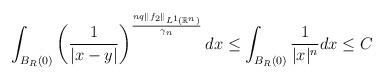
\begin{align*}\int_{B_R(0)}\left(\frac{1}{|x-y|}\right)^{\frac{nq\|f_2\|_{L^1(\mathbb{R}^n)}}{\gamma_{n}}}dx \leq \int_{B_R(0)}\frac{1}{|x|^n}dx\leq C\end{align*}